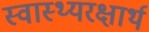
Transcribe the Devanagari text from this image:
स्वास्थ्यरक्षार्थ